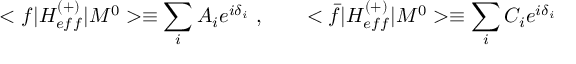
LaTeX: < f | H _ { e f f } ^ { ( + ) } | M ^ { 0 } > \equiv \sum _ { i } A _ { i } e ^ { i \delta _ { i } } \ , \qquad < \bar { f } | H _ { e f f } ^ { ( + ) } | M ^ { 0 } > \equiv \sum _ { i } C _ { i } e ^ { i \delta _ { i } }